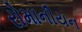
રોમાનીયન